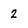
Character: 2